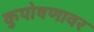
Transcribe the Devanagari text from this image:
कुपोषणावर